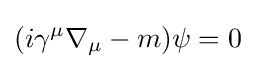
(i\gamma ^{\mu }\nabla _{\mu }-m)\psi =0